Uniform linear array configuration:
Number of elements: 64
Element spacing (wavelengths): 0.75
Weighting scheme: blackman
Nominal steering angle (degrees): -15
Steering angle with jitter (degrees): -13.199
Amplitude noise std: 0.05
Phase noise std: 0.05

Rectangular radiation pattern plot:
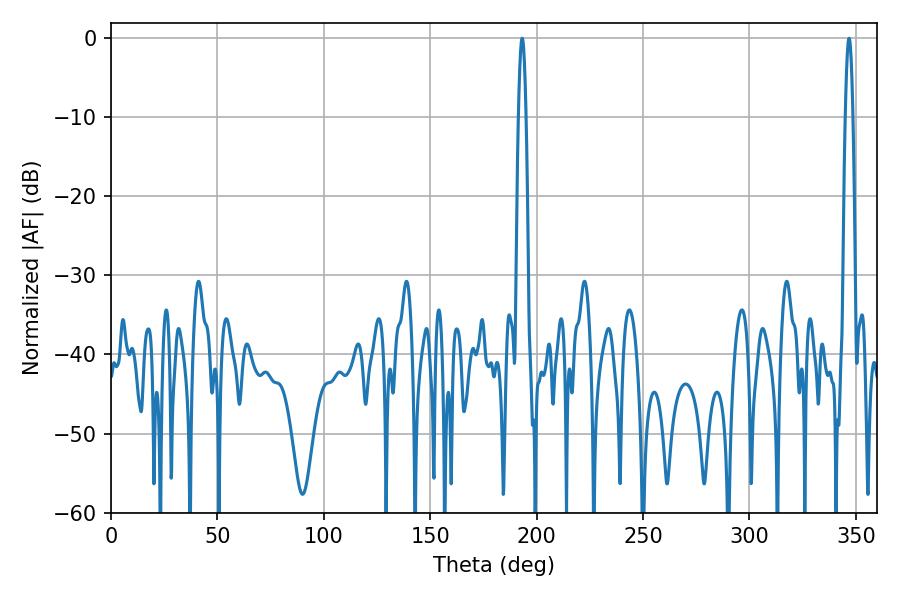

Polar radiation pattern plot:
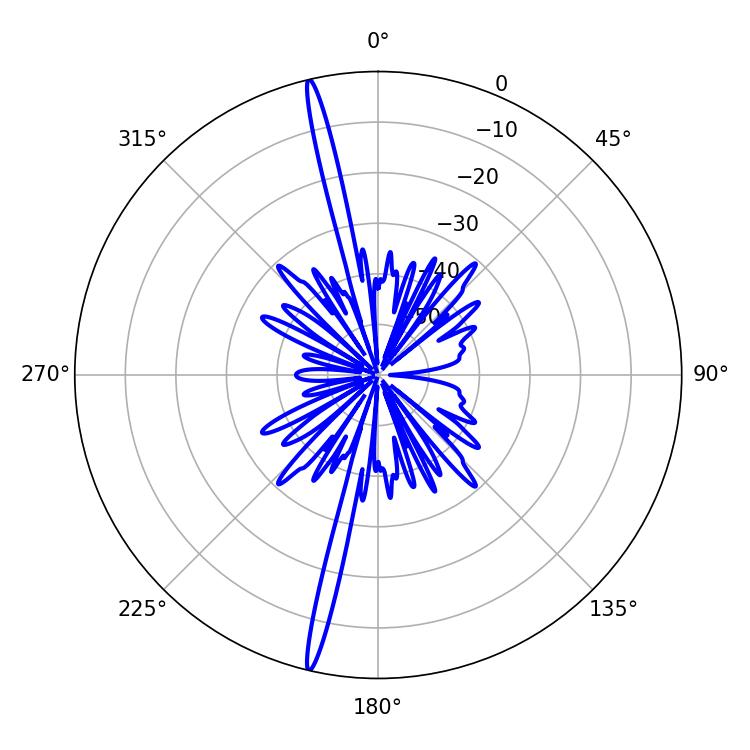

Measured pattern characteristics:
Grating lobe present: TRUE
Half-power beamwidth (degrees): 1.98
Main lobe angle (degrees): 193.14